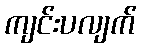
ကျင်းပလျက်